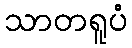
သာတရူပံ